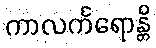
ကာလင်္ကရောန္တိ